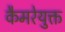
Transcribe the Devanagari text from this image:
कैमरेयुक्त